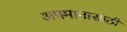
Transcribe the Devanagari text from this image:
अपमानासाठी